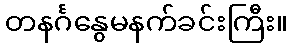
တနင်္ဂနွေမနက်ခင်းကြီး။